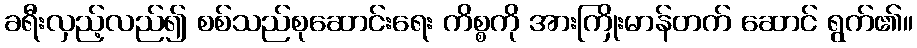
ခရီးလှည့်လည်၍ စစ်သည်စုဆောင်းရေး ကိစ္စကို အားကြိုးမာန်တက် ဆောင် ရွက်၏။